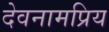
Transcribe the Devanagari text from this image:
देवनामप्रिय